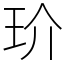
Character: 玠